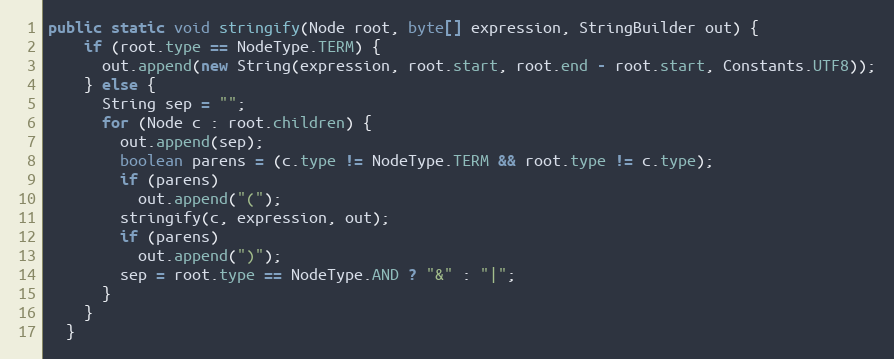
Language: Java
public static void stringify(Node root, byte[] expression, StringBuilder out) {
    if (root.type == NodeType.TERM) {
      out.append(new String(expression, root.start, root.end - root.start, Constants.UTF8));
    } else {
      String sep = "";
      for (Node c : root.children) {
        out.append(sep);
        boolean parens = (c.type != NodeType.TERM && root.type != c.type);
        if (parens)
          out.append("(");
        stringify(c, expression, out);
        if (parens)
          out.append(")");
        sep = root.type == NodeType.AND ? "&" : "|";
      }
    }
  }